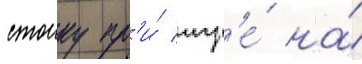
стоику пр'и́ игр'е́ на́